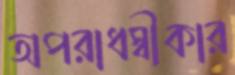
অপরাধস্বীকার